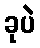
ခုပဲ